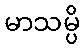
မာသမ္ပိ